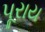
પૂરાય